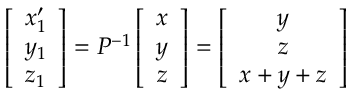
\left[ \begin{array} { c } { x _ { 1 } ^ { \prime } } \\ { y _ { 1 } } \\ { z _ { 1 } } \end{array} \right] = P ^ { - 1 } \left[ \begin{array} { c } { x } \\ { y } \\ { z } \end{array} \right] = \left[ \begin{array} { c } { y } \\ { z } \\ { x + y + z } \end{array} \right]